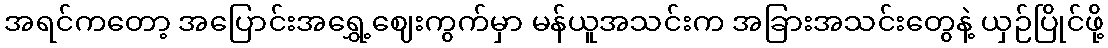
အရင်ကတော့ အပြောင်းအရွှေ့ဈေးကွက်မှာ မန်ယူအသင်းက အခြားအသင်းတွေနဲ့ ယှဉ်ပြိုင်ဖို့